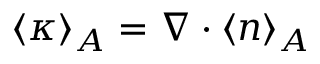
\langle \kappa \rangle _ { A } = \nabla \cdot \langle \boldsymbol { n } \rangle _ { A }